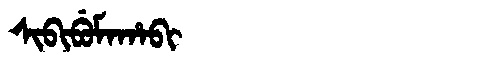
Manchu: ᠰᡳᠪᡳᠪᡠᠮᠠᡥᠠᠪᡳ
Romanization: SIBIBUMAHABI